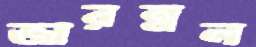
জারম্নল